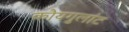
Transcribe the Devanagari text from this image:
कौयगुलांट